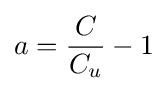
a={\frac {C}{C_{u}}}-1